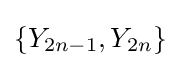
\{Y_{2n-1},Y_{2n}\}